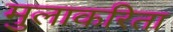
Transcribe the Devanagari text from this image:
मुलाकरिता